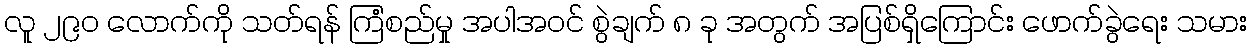
လူ ၂၉၀ လောက်ကို သတ်ရန် ကြံစည်မှု အပါအဝင် စွဲချက် ၈ ခု အတွက် အပြစ်ရှိကြောင်း ဖောက်ခွဲရေး သမား